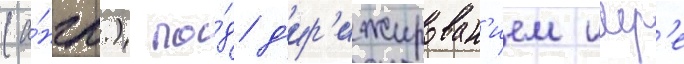
(а́нгл.) по́д д'ир'ижирован'ием имр'е